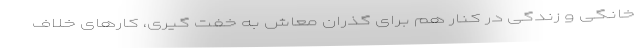
خانگی و زندگی در کنار هم برای گذران معاش به خفت گیری، کارهای خلاف